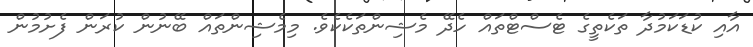
އާއި ކުޑަކަމުދާ ތަކެތީގެ ޓެސްޓްތައް ހެދޭ މެޝިންތަކެކެވެ. މިމެޝިންތައް ބޭނުން ކުރަން ފެށުމުން